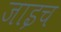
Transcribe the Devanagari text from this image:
जाइच